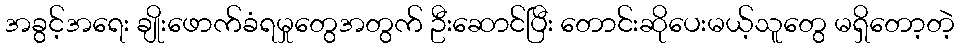
အခွင့်အရေး ချိုးဖောက်ခံရမှုတွေအတွက် ဦးဆောင်ပြီး တောင်းဆိုပေးမယ့်သူတွေ မရှိတော့တဲ့